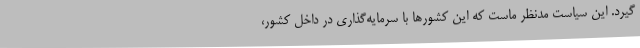
گیرد. این سیاست مدنظر ماست که این کشورها با سرمایه‌گذاری در داخل کشور،